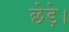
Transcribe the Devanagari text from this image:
छेड़े।